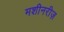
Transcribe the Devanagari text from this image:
मशीनरीज़